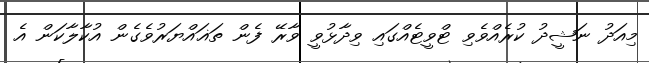
މިއަދު ނަޝީދު ކުރެއްވެވި ޓްވީޓެއްގައި ވިދާޅުވީ ވާރޭ ފެން ތަޣައްޔަރުވެގެން އުކާލާކަން އެ